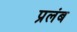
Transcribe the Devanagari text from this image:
प्रलंब